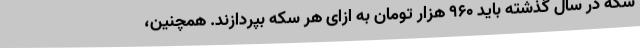
سکه در سال گذشته باید ۹۶۰ هزار تومان به ازای هر سکه بپردازند. همچنین،